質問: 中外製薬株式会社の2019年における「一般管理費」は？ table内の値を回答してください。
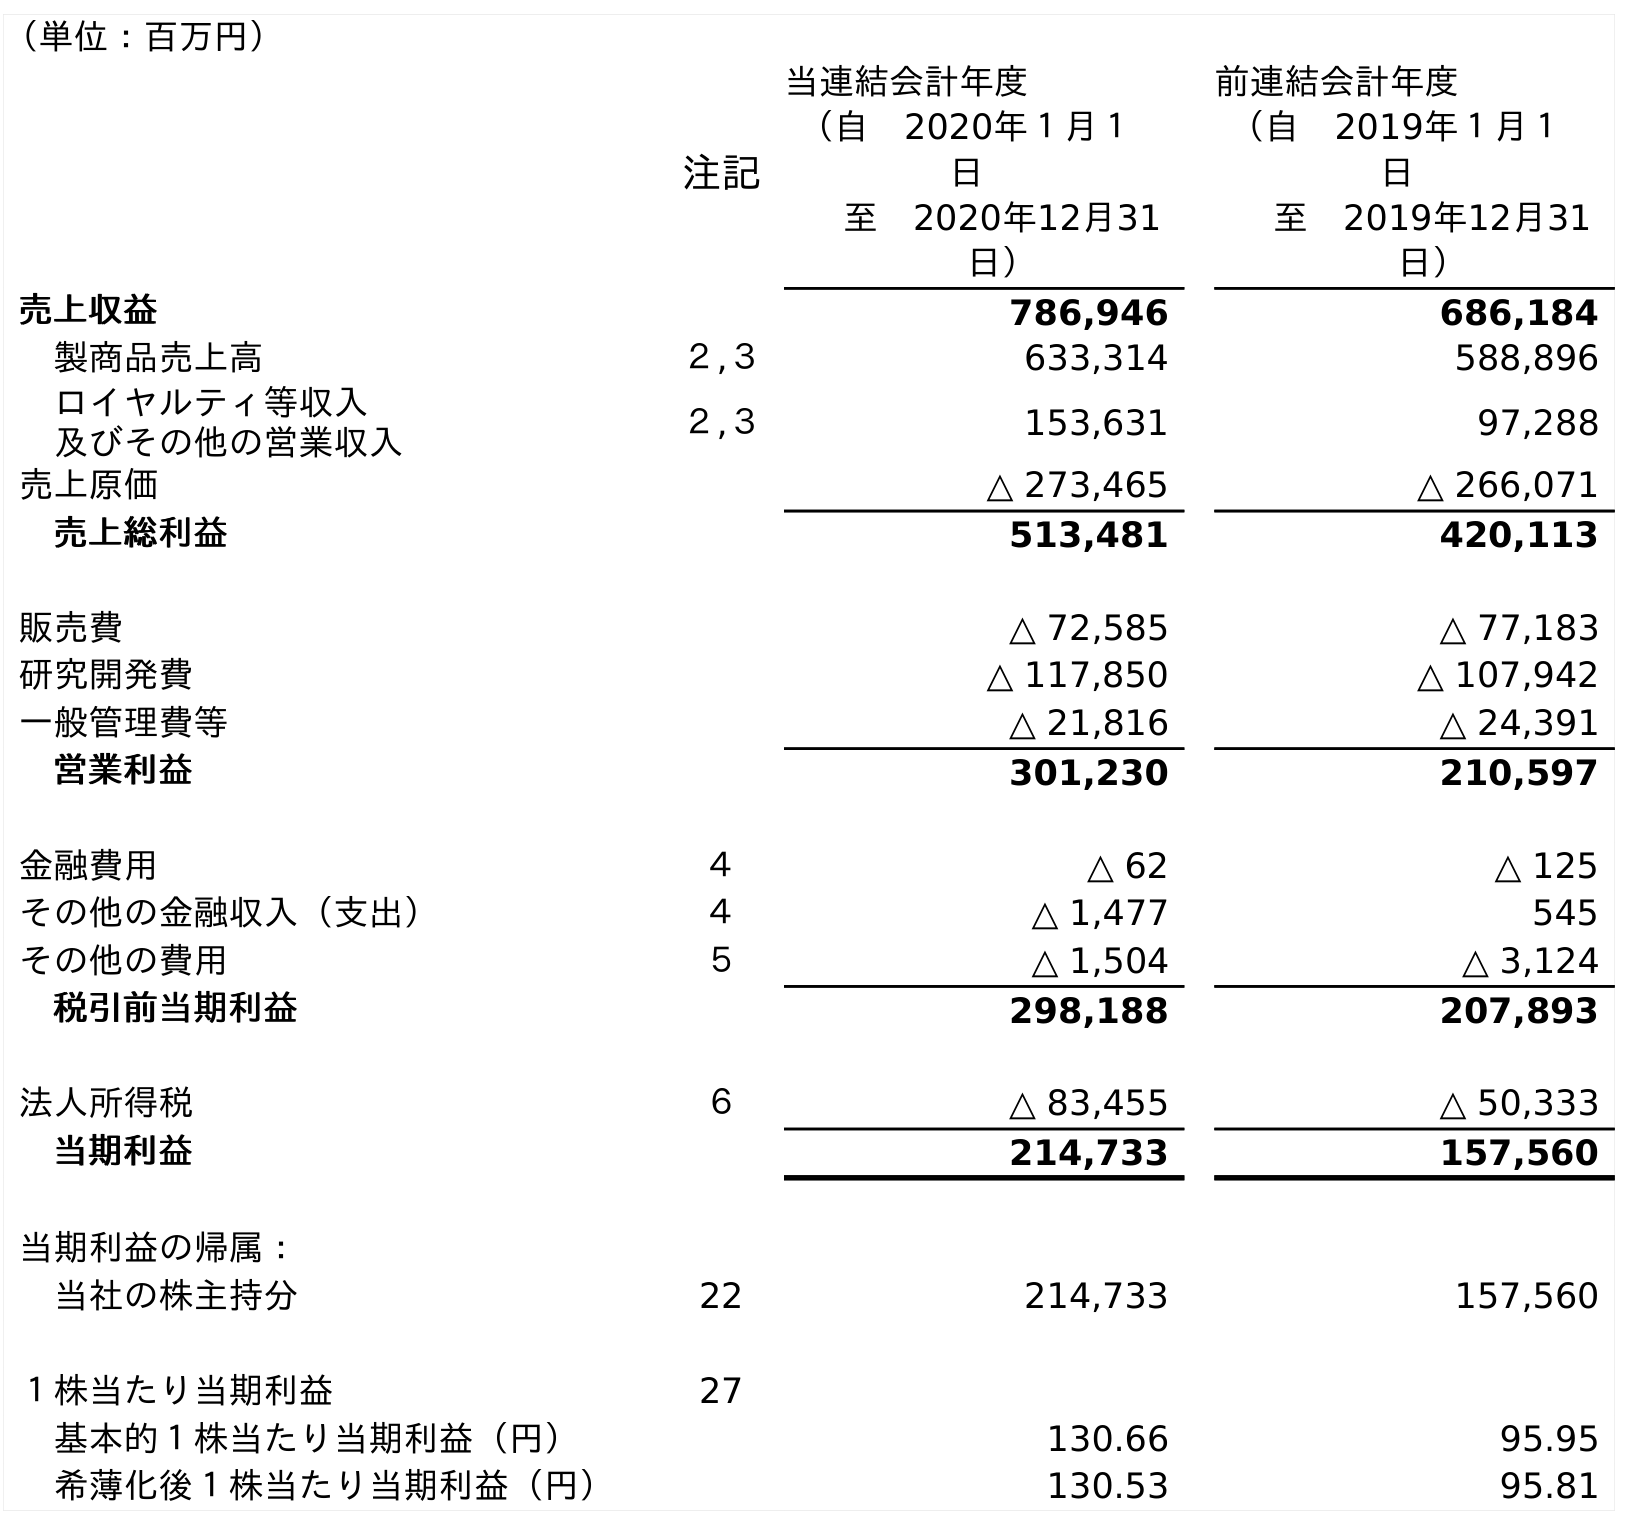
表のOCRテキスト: （単位：百万円） 注記 当連結会計年度 （自 2020年１月１ 日 至 2020年12月31 日） 前連結会計年度 （自 2019年１月１ 日 至 2019年12月31 日） 売上収益 786,946 686,184 製商品売上高 ２,３ 633,314 588,896 ロイヤルティ等収入 及びその他の営業収入 ２,３ 153,631 97,288 売上原価 △ 273,465 △ 266,071 売上総利益 513,481 420,113 販売費 △ 72,585 △ 77,183 研究開発費 △ 117,850 △ 107,942 一般管理費等 △ 21,816 △ 24,391 営業利益 301,230 210,597 金融費用 ４ △ 62 △ 125 その他の金融収入（支出） ４ △ 1,477 545 その他の費用 ５ △ 1,504 △ 3,124 税引前当期利益 298,188 207,893 法人所得税 ６ △ 83,455 △ 50,333 当期利益 214,733 157,560 当期利益の帰属： 当社の株主持分 22 214,733 157,560 １株当たり当期利益 27 基本的１株当たり当期利益（円） 130.66 95.95 希薄化後１株当たり当期利益（円） 130.53 95.81
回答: △24,391